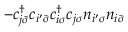
- c _ { j \bar { \sigma } } ^ { \dagger } c _ { i ^ { \prime } \bar { \sigma } } c _ { i \sigma } ^ { \dagger } c _ { j \sigma } n _ { i ^ { \prime } \sigma } n _ { i \bar { \sigma } }